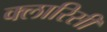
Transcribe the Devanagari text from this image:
क्लारिसी